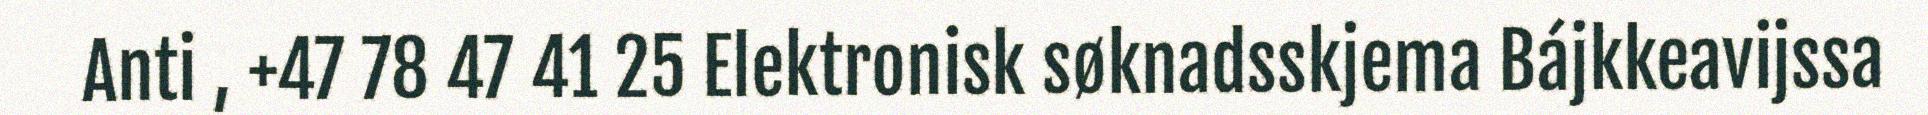
Anti , +47 78 47 41 25 Elektronisk søknadsskjema Bájkkeavijssa